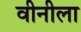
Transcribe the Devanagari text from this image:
वीनीला